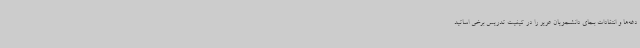
دغه‌ها و انتقادات بجای دانشجویان عزیز را در کیفیت تدریس برخی اساتید